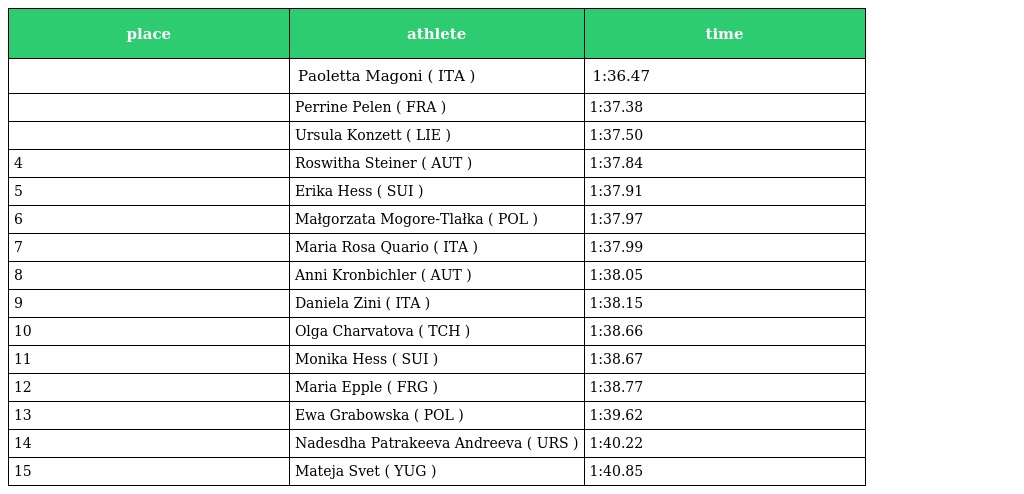
| place | athlete | time |
 | --- | --- | --- |
 |  | Paoletta Magoni ( ITA ) | 1:36.47 |
 |  | Perrine Pelen ( FRA ) | 1:37.38 |
 |  | Ursula Konzett ( LIE ) | 1:37.50 |
 | 4 | Roswitha Steiner ( AUT ) | 1:37.84 |
 | 5 | Erika Hess ( SUI ) | 1:37.91 |
 | 6 | Małgorzata Mogore-Tlałka ( POL ) | 1:37.97 |
 | 7 | Maria Rosa Quario ( ITA ) | 1:37.99 |
 | 8 | Anni Kronbichler ( AUT ) | 1:38.05 |
 | 9 | Daniela Zini ( ITA ) | 1:38.15 |
 | 10 | Olga Charvatova ( TCH ) | 1:38.66 |
 | 11 | Monika Hess ( SUI ) | 1:38.67 |
 | 12 | Maria Epple ( FRG ) | 1:38.77 |
 | 13 | Ewa Grabowska ( POL ) | 1:39.62 |
 | 14 | Nadesdha Patrakeeva Andreeva ( URS ) | 1:40.22 |
 | 15 | Mateja Svet ( YUG ) | 1:40.85 |